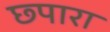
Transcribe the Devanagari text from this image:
छ्पारा